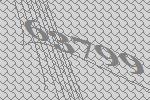
63799